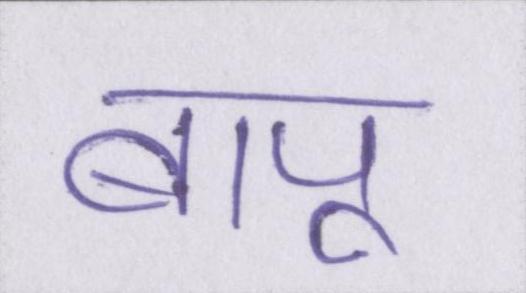
बापू